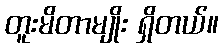
တူးမိတာမျိုး ရှိတယ်။